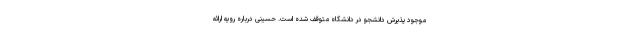
موجود پذیرش دانشجو در دانشگاه متوقف شده است. حسینی درباره رویه ارائه